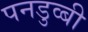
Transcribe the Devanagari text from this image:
पनडुव्बी